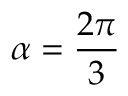
\alpha = { \frac { 2 \pi } { 3 } }